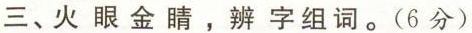
三、火眼金睛，辨字组词。(6分)